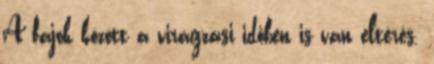
A fajok között a virágzási időben is van eltérés.